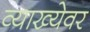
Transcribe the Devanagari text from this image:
व्याख्येवर